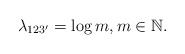
\begin{align*}\lambda_{123'}=\log m,m\in\mathbb{N}.\end{align*}